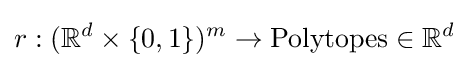
r:(\mathbb {R} ^{d}\times \{0,1\})^{m}\rightarrow {\text{Polytopes}}\in \mathbb {R} ^{d}